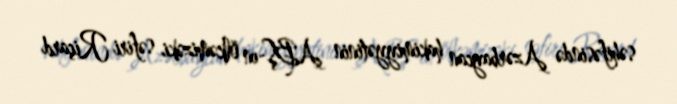
səhifəsində Azərbaycan hakimiyyətinin ABŞ-ın ölkəmizəki səfiri Riçard